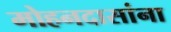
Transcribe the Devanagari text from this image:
मोहनदासांना